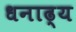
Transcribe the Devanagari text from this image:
धनाढ्‍य